Lunatic asylums Madras 1892-1911 - 1892-1911
Year: 1892
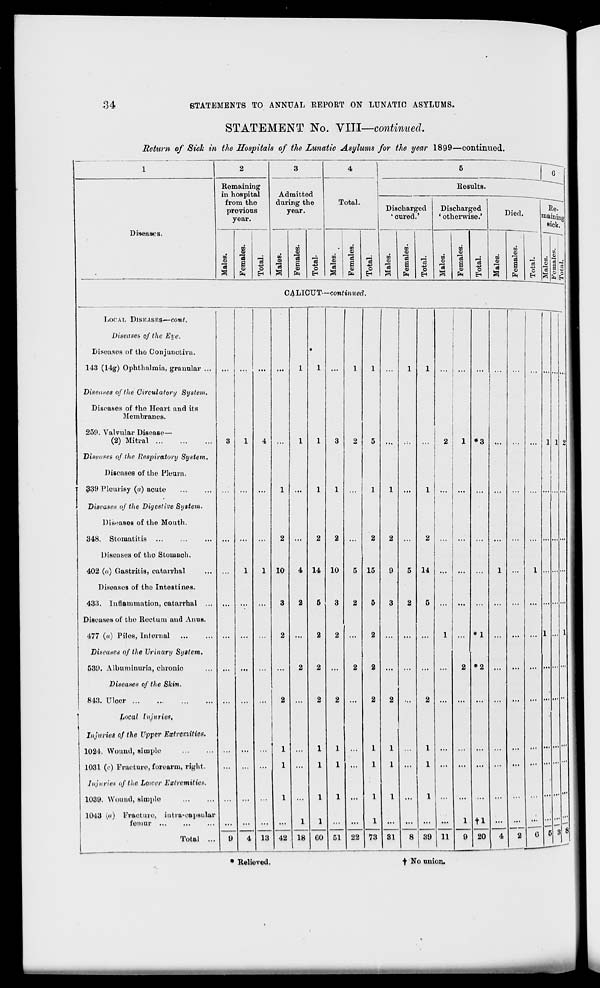
34
STATEMENTS TO ANNUAL REPORT ON LUNATIC ASYLUMS.
STATEMENT No. VIII—continued.
Return of Sick in the Hospitals of the Lunatic Asylums for the year 1899—continued.
4
Diseases.
Remaining
in hospital
from the
previous
year.
Admitted
during the
year.
Total.
Results.
XL
0>
CD
O
to
•3
en
c
Pq
cs
O
CO
CD
a
Pa
-3
O
Discharged
'oured.'
CO
o
"73
3
TO
0>
a
pq
o
H
Discharged
' otherwise.'
w
9
a
0)
a
Pq
■4->
o
Died.
CO
to
a
pq
LoCAIi DISEASES—COWf.
Diseases of the Eye.
Diseasos of the Conjunctiva.
143 (14g) Ophthalmia, granular ...
Diseases of the Circulatory System.
Diseases of the Heart and its
Membranes.
259. Valvular DiseaBc—
(2) Mitral
Diseases of the Respiratory System.
Diseases of the Pleura.
339 Pleurisy (a) acute
Diseases of the Digestive System.
Diseases of the Mouth.
348. Stomatitis
Diseases of tho Stomach.
402 (</) Gastritis, catarrhal
Diseases of the Intestines.
433. Inflammation, catarrhul ...
Diseases of the Rectum and Anus.
477 («) Piles, Internal
Diseases of the Urinary System.
539. Albuminuria, chronic
Diseases of tiie Skin.
843. Ulcer
Local Injuries,
Injuries of the Upper Extremities.
1021. Wound, simple
1031 00 Fracture, forearm, right.
Injuries of the Loirer Extremities.
1039. Wound, simple
1043 (a) Fracture,
femur .
iutia-eapHiilar
Total ...
CALICUT—continued.
10
13 42
4 14
18 GO
10
51
15
22
1
1
1
1
73 31
14
8 39 11
*3
♦2
tl
20
Reliovod.
■f No union.